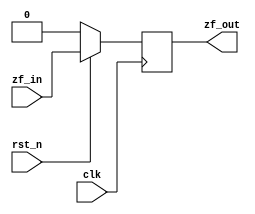
module zf(clk, rst_n, zf_in, zf_out);
	input wire clk, rst_n;
	input wire zf_in;
	output reg zf_out;

always @(posedge clk) begin
	if (!rst_n) begin
		zf_out <= 0;
	end else begin
		zf_out <= zf_in;
	end
end

endmodule